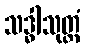
သဒ္ဓါသုတ္တံ